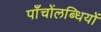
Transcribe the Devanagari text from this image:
पाँचोंलब्धियों